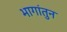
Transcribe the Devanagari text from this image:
भागांतुन